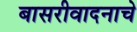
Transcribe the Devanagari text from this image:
बासरीवादनाचे